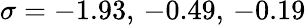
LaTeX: \sigma=-1.93,\, -0.49,\, -0.19